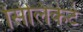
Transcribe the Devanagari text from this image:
सिलिकेटे